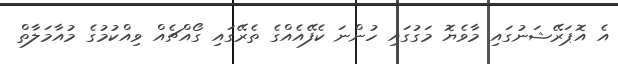
އެ އޮޕަރޭޝަނުގައި މާވެޔޮ މަގުގައި ހުންނަ ކެފޭއެއްގެ ތެރޭގައި ގޯއްޗެއް ވިއްކުމުގެ މުއާމަލާތް